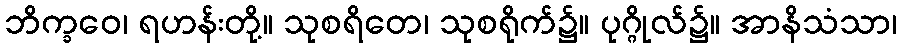
ဘိက္ခဝေ၊ ရဟန်းတို့။ သုစရိတေ၊ သုစရိုက်၌။ ပုဂ္ဂိုလ်၌။ အာနိသံသာ၊